Problem: 11 × 12 = ?
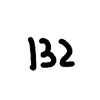
Handwritten answer: 132